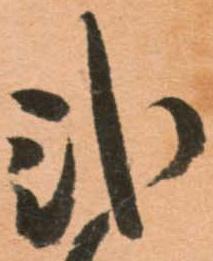
弐